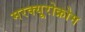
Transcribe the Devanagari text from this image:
मरक्यूरोक्रोम